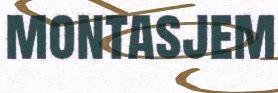
montasjem